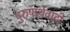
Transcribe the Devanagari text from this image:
पुरुषार्थवादी